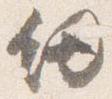
剣